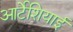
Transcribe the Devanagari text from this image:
आर्टेशियाई